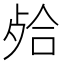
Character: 𣨄